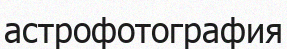
астрофотография